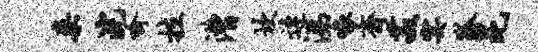
案浣喻拉漕坎连涕啄斋菽宴狐昆